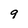
Character: 9